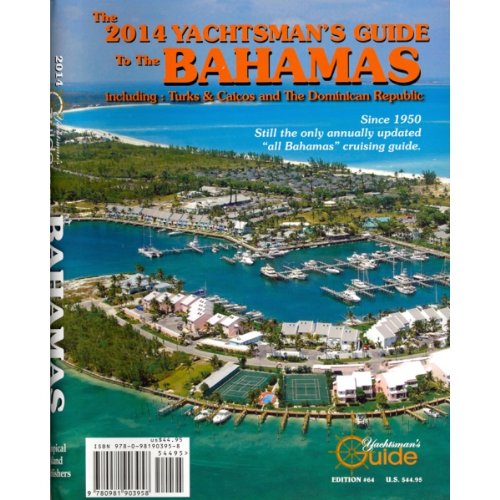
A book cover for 2014 Yachtsman's Guide to the Bahamas; Thomas Daly; Travel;